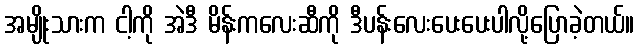
အမျိုးသားက ငါ့ကို အဲဒီ မိန်းကလေးဆီကို ဒီပန်းလေးပေးပေးပါလို့ပြောခဲ့တယ်။